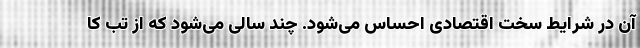
آن در شرایط سخت اقتصادی احساس می‌شود. چند سالی می‌شود که از تب کا